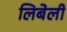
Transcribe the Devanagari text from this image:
लिबेली